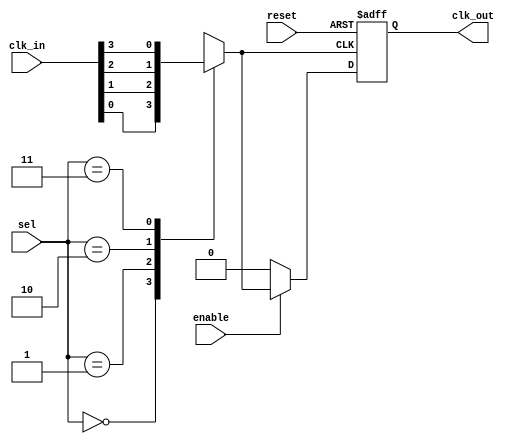
module ClockMultiplexerBuffer #(
    parameter N = 4, // Number of clock inputs
    parameter M = 2  // Number of select lines (N = 2^M)
)(
    input wire [N-1:0] clk_in,   // Clock inputs
    input wire [M-1:0] sel,      // Select lines
    input wire enable,            // Enable signal
    input wire reset,             // Reset signal
    output reg clk_out            // Clock output
);

    // Internal signal to hold the selected clock
    reg selected_clk;

    // Always block to handle clock selection and output buffering
    always @(*) begin
        // Select the clock based on the select lines
        case (sel)
            2'b00: selected_clk = clk_in[0];
            2'b01: selected_clk = clk_in[1];
            2'b10: selected_clk = clk_in[2];
            2'b11: selected_clk = clk_in[3];
            default: selected_clk = 1'b0; // Default case
        endcase
    end

    // Always block to handle enable and reset functionality
    always @(posedge selected_clk or posedge reset) begin
        if (reset) begin
            clk_out <= 1'b0; // Reset output to low
        end else if (enable) begin
            clk_out <= selected_clk; // Route the selected clock to output
        end else begin
            clk_out <= 1'b0; // Hold output low when disabled
        end
    end

endmodule